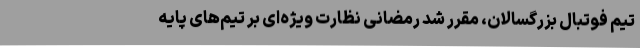
تیم فوتبال بزرگسالان، مقرر شد رمضانی نظارت ویژه‌ای بر تیم‌های پایه